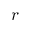
r